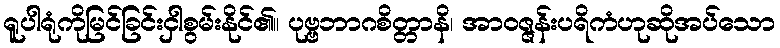
ရူပါရုံကိုမြင်ခြင်းငှါစွမ်းနိုင်၏။ ပုဗ္ဗဘာဂစိတ္တာနိ၊ အာဝဇ္ဇန်းပရိကံဟုဆိုအပ်သော